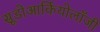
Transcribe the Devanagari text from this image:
सूडोआर्कियोलॉजी